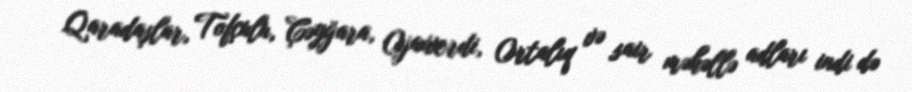
Qaradaşlar, Tofçulu, Çəyğara, Ojaxverdi, Ortalıq və sair məhəllə adları indi də